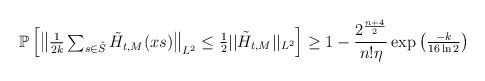
LaTeX: \begin{align*}\mathbb P\begin{bmatrix}\begin{Vmatrix}{\frac 1{2k}}\sum_{s\in {\hat S}}{\tilde H}_{t,M}(xs)\end{Vmatrix}_{L^2}\leq {\frac 12}||{\tilde H}_{t,M}||_{L^2}\end{bmatrix}\geq 1-{\frac {2^{\frac {n+4}2}}{n!\eta}}\exp\begin{pmatrix}{\frac{-k}{16\ln 2}}\end{pmatrix}\end{align*}